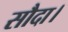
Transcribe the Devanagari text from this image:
सौदा।